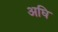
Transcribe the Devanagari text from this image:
अघि